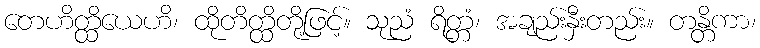
တေဟိတ္ထိယေဟိ၊ ထိုတိတ္ထိတို့ဖြင့်။ သုညံ ရိတ္တံ၊ အချည်းနှီးတည်း။ တန္တိကာ၊